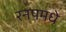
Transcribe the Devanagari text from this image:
रनपमधे